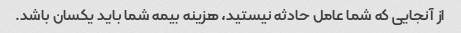
از آنجایی که شما عامل حادثه نیستید، هزینه بیمه شما باید یکسان باشد.